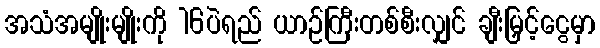
အသံအမျိုးမျိုးကို 16ပဲရည် ယာဉ်ကြီးတစ်စီးလျှင် ချီးမြှင့်ငွေမှာ